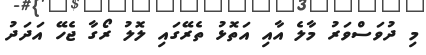
މި ދުވަސްވަރު މާލެ އާއި އަތޮޅު ތެރޭގައި ލޮލު ރޯގާ ޖެހޭ އަަދަދު